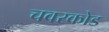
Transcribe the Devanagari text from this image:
चवरकोड